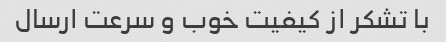
با تشکر از کیفیت خوب و سرعت ارسال